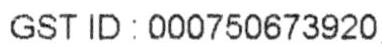
GST ID : 000750673920